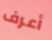
أعرف